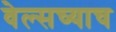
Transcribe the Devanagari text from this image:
वेल्सच्याच